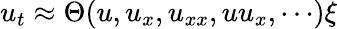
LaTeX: \begin{array}{r}{u_{t}\approx\Theta(u,u_{x},u_{xx},uu_{x},\cdots)\xi}\end{array}